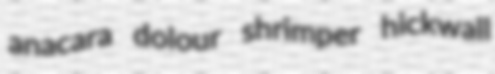
anacara dolour shrimper hickwall